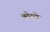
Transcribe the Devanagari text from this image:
कोरसे